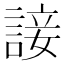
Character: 𧩕